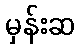
မှန်းဆ